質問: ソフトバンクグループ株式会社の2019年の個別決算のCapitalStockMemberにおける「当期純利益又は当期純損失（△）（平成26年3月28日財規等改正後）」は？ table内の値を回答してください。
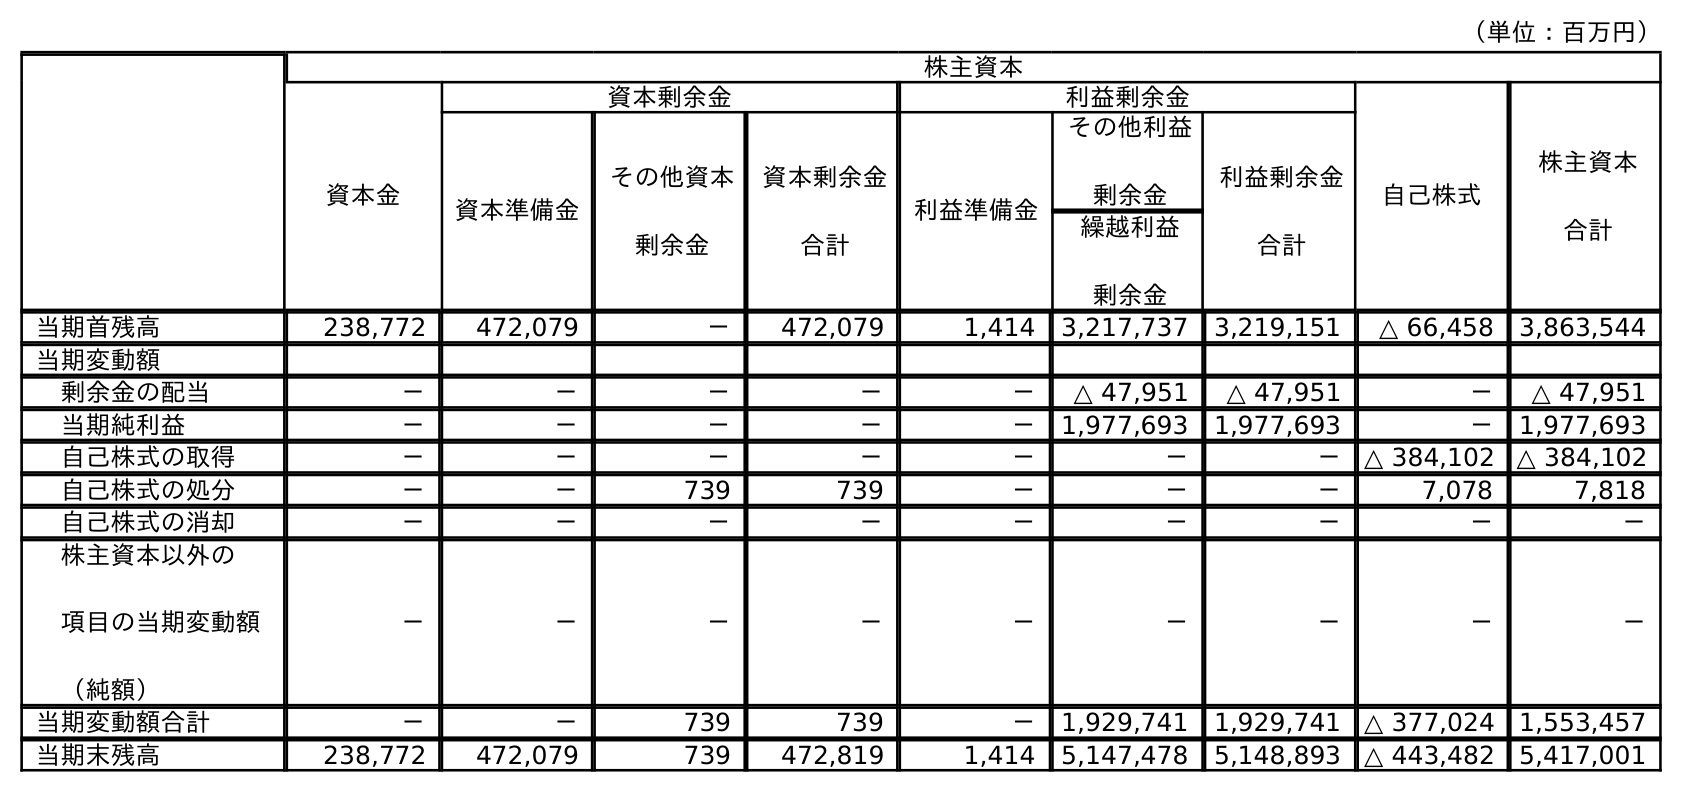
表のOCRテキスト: （単位：百万円） 株主資本 資本金 資本剰余金 利益剰余金 自己株式 株主資本 合計 資本準備金 その他資本 剰余金 資本剰余金 合計 利益準備金 その他利益 剰余金 利益剰余金 合計 繰越利益 剰余金 当期首残高 238,772 472,079 － 472,079 1,414 3,217,737 3,219,151 △ 66,458 3,863,544 当期変動額 剰余金の配当 － － － － － △ 47,951 △ 47,951 － △ 47,951 当期純利益 － － － － － 1,977,693 1,977,693 － 1,977,693 自己株式の取得 － － － － － － － △ 384,102 △ 384,102 自己株式の処分 － － 739 739 － － － 7,078 7,818 自己株式の消却 － － － － － － － － － 株主資本以外の 項目の当期変動額 （純額） － － － － － － － － － 当期変動額合計 － － 739 739 － 1,929,741 1,929,741 △ 377,024 1,553,457 当期末残高 238,772 472,079 739 472,819 1,414 5,147,478 5,148,893 △ 443,482 5,417,001
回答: －